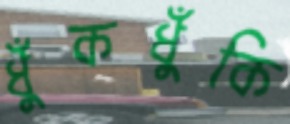
ধুঁকধুঁকি